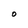
Character: O